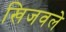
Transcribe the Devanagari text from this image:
खिजवले